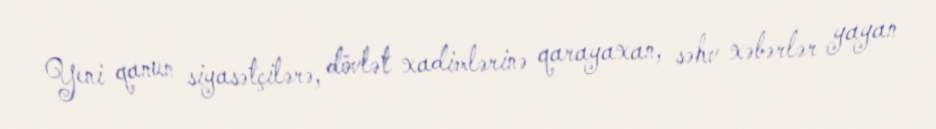
Yeni qanun siyasətçilərə, dövlət xadimlərinə qarayaxan, səhv xəbərlər yayan